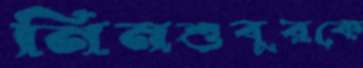
নিনশুবুরকে